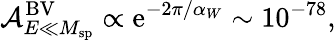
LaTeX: {\cal A}_{E\ll M_{\mathrm{sp}}}^{\mathrm{BV}}\propto\mathrm{e}^{-2\pi/\alpha_{W}}\sim 10^{-78},